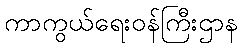
ကာကွယ်ရေးဝန်ကြီးဌာန